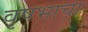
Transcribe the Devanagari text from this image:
वृषभाचा